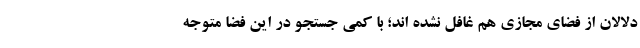
دلالان از فضای مجازی هم غافل نشده اند؛ با کمی جستجو در این فضا متوجه